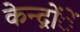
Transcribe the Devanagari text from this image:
केन्द्रोंें